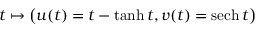
t \mapsto { \big ( } u ( t ) = t - \operatorname { t a n h } t , v ( t ) = \operatorname { s e c h } t { \big ) }